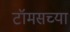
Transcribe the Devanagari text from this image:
टॉमसच्या